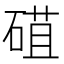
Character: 䃊